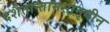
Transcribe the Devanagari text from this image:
दशैतान्तामसानृषीन्